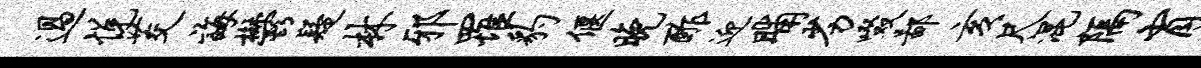
过悦茭诲郁疑林邪罹豹偃晚酢迎晡劣啜鄙亥尺混隔肖